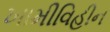
ખામીવિહીન